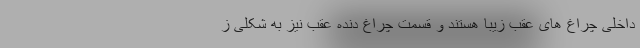
داخلی چراغ ‌های عقب زیبا هستند و قسمت چراغ دنده عقب نیز به شکلی ز